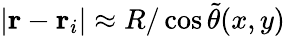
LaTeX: |\mathbf{r}-\mathbf{r}_{i}|\approx R/\cos\tilde{\theta}(x,y)